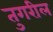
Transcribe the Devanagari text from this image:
तुगरील